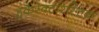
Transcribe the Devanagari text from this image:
हकैरेक्टरिस्टिक